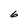
Character: 6